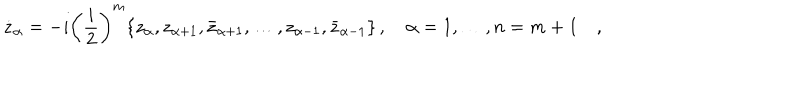
LaTeX: \dot { z } _ { \alpha } = - i \left( \frac { i } { 2 } \right) ^ { m } \{ z _ { \alpha } , z _ { \alpha + 1 } , \bar { z } _ { \alpha + 1 } , \dots , z _ { \alpha - 1 } , \bar { z } _ { \alpha - 1 } \} \, , \quad \alpha = 1 , \dots , n = m + 1 \quad ,